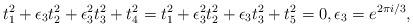
LaTeX: \begin{align*}t_1^2 + \epsilon_3 t_2^2 + \epsilon_3^2 t_3^2 + t_4^2 =t_1^2 + \epsilon_3^2 t_2^2 + \epsilon_3 t_3^2 + t_5^2 = 0,\epsilon_3 = e^{2\pi i/3},\end{align*}